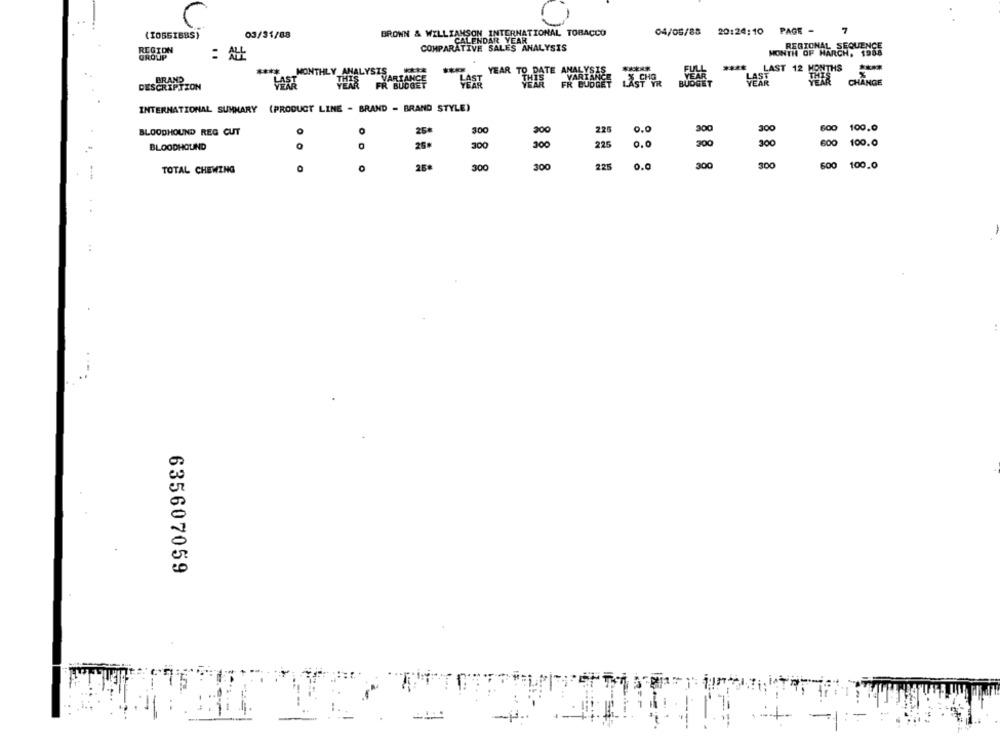
04/05/88 20:24:10 PAGE -
(TOSSI685)
03/31/88
BRONN & WILLIAMSON INTERNATIONAL TOBACCO
COMPARATIVE SALES ANALYSIS
CALENDAR YEAR
REGIONAL SEQUENCE
REGION
MONTH OF MARCH, 1988
GROUP
FULL
LAST 12 MONTHS
****
MONTHLY ANALYSIS
YEAR TO DATE ANALYST
VARTANC
BRAND
VARTANC
FR BUDGET
THIS
CHANGE
DESCRIPTION
LAST
FR BUDGET
INTERNATIONAL SUMMARY (PRODUCT LINE - BRAND - BRAND STYLE)
200
225
0.0
300
300
600
100.0
BLOODHOUND REG CUT
o
26ª
300
OOC
0.0
300
300
100.0
BLOODHOUND
300
225
300
300
225
0.0
300
300
600
TOTAL CHEWING
O
26€
100.0
635607059